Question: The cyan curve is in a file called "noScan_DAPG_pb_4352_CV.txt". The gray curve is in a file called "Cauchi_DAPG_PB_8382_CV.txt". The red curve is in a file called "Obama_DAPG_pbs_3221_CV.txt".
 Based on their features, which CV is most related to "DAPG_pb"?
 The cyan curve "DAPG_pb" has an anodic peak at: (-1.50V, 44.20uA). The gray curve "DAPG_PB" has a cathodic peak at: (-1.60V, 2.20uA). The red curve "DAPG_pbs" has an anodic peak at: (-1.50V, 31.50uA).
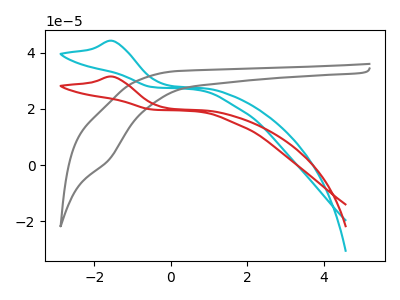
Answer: <think>"DAPG_pb" and "DAPG_PB" have at least one peak that do not match. All the peaks in "DAPG_pb" have a peak in "DAPG_pbs" at the same potential. Every peak in "DAPG_pb" is higher than every peak in "DAPG_pbs". "DAPG_PB" and "DAPG_pbs" have at least one peak that do not match.
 </think>
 <answer>The CV with the most similar shape to "DAPG_pbs" is "DAPG_pb".</answer>
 <eval>"DAPG_pb"</eval>